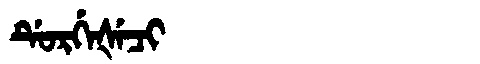
Manchu: ᡩᡠᡵᡤᡝᡧᡝᠴᡳ
Romanization: DURGEŠECI